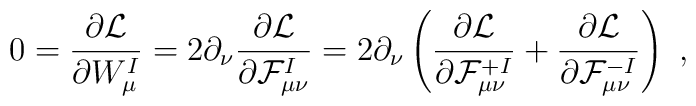
0=\frac{\partial{\cal L}}{\partial W_\mu^I}=2\partial_\nu\frac{\partial{\cal L}}{\partial {\cal F}^I_{\mu\nu}}= 2\partial_\nu\left( \frac{\partial{\cal L}}{\partial {\cal F}^{+I}_{\mu\nu}}+ \frac{\partial{\cal L}}{\partial {\cal F}^{-I}_{\mu\nu}}\right)\ ,